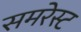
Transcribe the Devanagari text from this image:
समरेस्ट